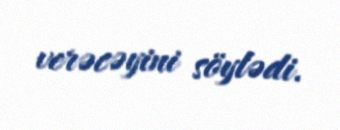
verəcəyini söylədi.